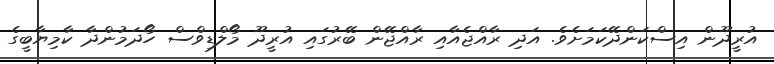
އުރީދޫން އިސްކަންދޭކަމަށެވެ. އަދި ރާއްޖެއާއި ރާއްޖޭން ބޭރުގައި އުރީދޫ މޯލްޑިވްސް ހޯދަމުންދާ ކާމިޔާބީގެ